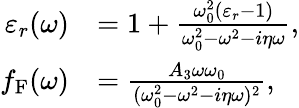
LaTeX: \begin{array}{rl}{\varepsilon_{r}(\omega)}&{=1+\frac{\omega_{0}^{2}(\varepsilon_{r}-1)}{\omega_{0}^{2}-\omega^{2}-i\eta\omega},}\\ {f_{\mathrm{F}}(\omega)}&{=\frac{A_{3}\omega\omega_{0}}{(\omega_{0}^{2}-\omega^{2}-i\eta\omega)^{2}},}\end{array}